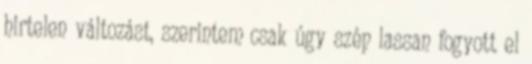
hirtelen változást, szerintem csak úgy szép lassan fogyott el